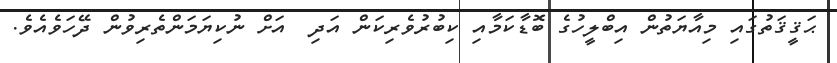
ޙަޤީޤަތުގައި މިއާޔަތުން އިބްލީހުގެ ބޮޑާކަމާއި ކިބުރުވެރިކަން އަދި  އަށް ނުކިޔަމަންތެރިވުން ދޭހަވެއެވެ.